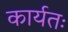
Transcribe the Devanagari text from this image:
कार्यतः